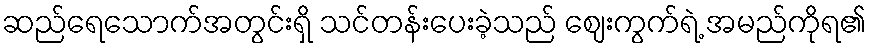
ဆည်ရေသောက်အတွင်းရှိ သင်တန်းပေးခဲ့သည် ဈေးကွက်ရဲ့ အမည်ကိုရ၏